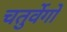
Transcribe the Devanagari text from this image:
चतुर्वेगों